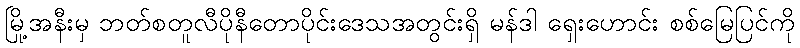
မြို့အနီးမှ ဘတ်စတူလီပိုနီတောပိုင်းဒေသအတွင်းရှိ မန်ဒါ ရှေးဟောင်း စစ်မြေပြင်ကို